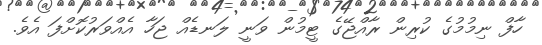
ހާފް ނިމުމުގެ ކުރިން ރާއްޖޭގެ ޓީމުން ވަނީ ލަނޑެއް ޖަހާ އެއްވަރުކޮށްފަ އެވެ.